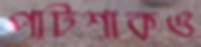
পাটশাকও